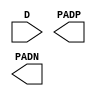
module OUTBUF_DIFF (
	input D,
	(* iopad_external_pin *)
	output PADP,
	(* iopad_external_pin *)
	output PADN
);
endmodule